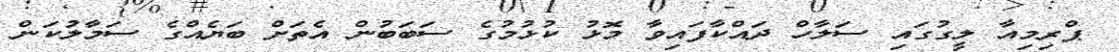
ޕްރިމިއާ ލީގުގައި ސަލާހް ދައްކާފައިވާ މޮޅު ކުޅުމުގެ ސަބަބުން އެތަށް ބަޔެއްގެ ސަމާލުކަން